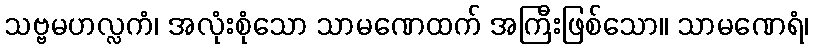
သဗ္ဗမဟလ္လကံ၊ အလုံးစုံသော သာမဏေထက် အကြီးဖြစ်သော။ သာမဏေရံ၊